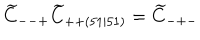
\widetilde { C } _ { -- + } \widetilde { C } _ { + + ( 5 1 \mid 5 1 ) } = \widetilde { C } _ { - + - }